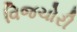
વિજચોરી